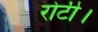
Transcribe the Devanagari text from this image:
रोटी।